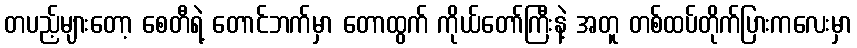
တပည့်များတော့ စေတီရဲ့ တောင်ဘက်မှာ တောထွက် ကိုယ်တော်ကြီးနဲ့ အတူ တစ်ထပ်တိုက်ပြားကလေးမှာ